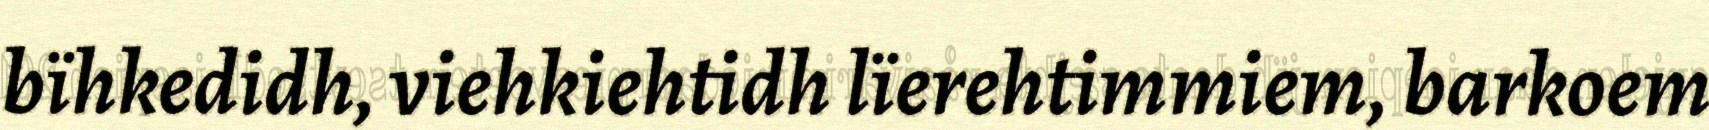
bïhkedidh, viehkiehtidh lïerehtimmiem, barkoem